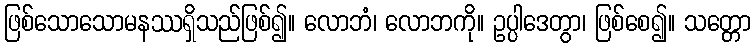
ဖြစ်သောသောမနဿရှိသည်ဖြစ်၍။ လောဘံ၊ လောဘကို။ ဥပ္ပါဒေတွာ၊ ဖြစ်စေ၍။ သတ္တော